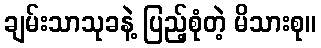
ချမ်းသာသုခနဲ့ ပြည့်စုံတဲ့ မိသားစု။